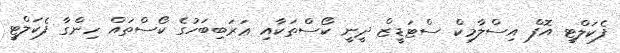
ފެކަލްޓީ އޮފް އިސްލާމިކް ސްޓަޑީޒް ދީނީ ކޯސްތަކާއި ޢަރަބިބަހުގެ ކޯސްތައް ހިންގާ ފެކަލްޓީ